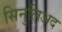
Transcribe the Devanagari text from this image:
सिनुलिअद